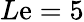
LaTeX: L\mathrm{e}=5